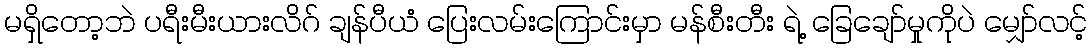
မရှိတော့ဘဲ ပရီးမီးယားလိဂ် ချန်ပီယံ ပြေးလမ်းကြောင်းမှာ မန်စီးတီး ရဲ့ ခြေချော်မှုကိုပဲ မျှော်လင့်